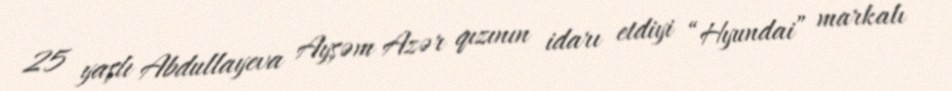
25 yaşlı Abdullayeva Ayşəm Azər qızının idarı etdiyi “Hyundai” markalı